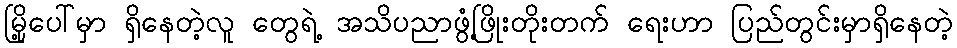
မြို့ပေါ်မှာ ရှိနေတဲ့လူ တွေရဲ့ အသိပညာဖွံ့ဖြိုးတိုးတက် ရေးဟာ ပြည်တွင်းမှာရှိနေတဲ့